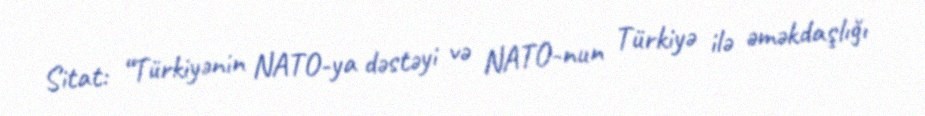
Sitat: “Türkiyənin NATO-ya dəstəyi və NATO-nun Türkiyə ilə əməkdaşlığı